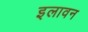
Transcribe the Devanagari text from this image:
इलावन